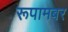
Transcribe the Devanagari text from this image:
रूपामबर